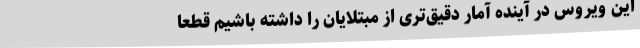
این ویروس در آینده آمار دقیق‌تری از مبتلایان را داشته باشیم قطعاً